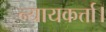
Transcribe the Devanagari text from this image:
न्यायकर्त्ता।